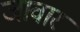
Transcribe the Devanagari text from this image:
जावार